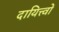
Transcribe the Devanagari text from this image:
दायित्त्वों